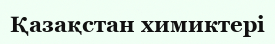
Қазақстан химиктері